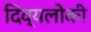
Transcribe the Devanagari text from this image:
दिव्यलोकी